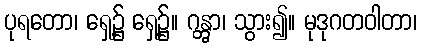
ပုရတော၊ ရှေ့၌ ရှေ့၌။ ဂန္တွာ၊ သွား၍။ မုဒုဂတဝါတာ၊